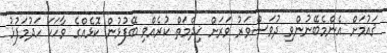
ޤައުމަށް އެންމެބޭނުންވި ދުވަސްވަރު ވަރަށް ޚިދްމަތް ކުރެއްވި ބޭފުޅުން ކޮޅެއްގެ ވާހަކަ ހަދުމަފުޅު